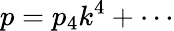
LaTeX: p=p_{4}k^{4}+\cdots